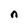
Character: n